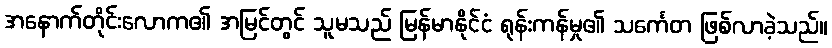
အနောက်တိုင်းလောက၏ အမြင်တွင် သူမသည် မြန်မာနိုင်ငံ ရုန်းကန်မှု၏ သင်္ကေတ ဖြစ်လာခဲ့သည်။